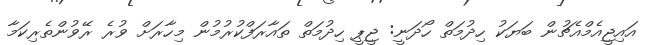
އައިޖީއެމްއެޗުން ބަޔަކު ހިދުމަތް ހޯދަނީ: ޖީޕީ ހިދުމަތް ތައާރަފްކުރުމުން މިހާރަށް ވުރެ ރޭވުންތެރިކަމާ